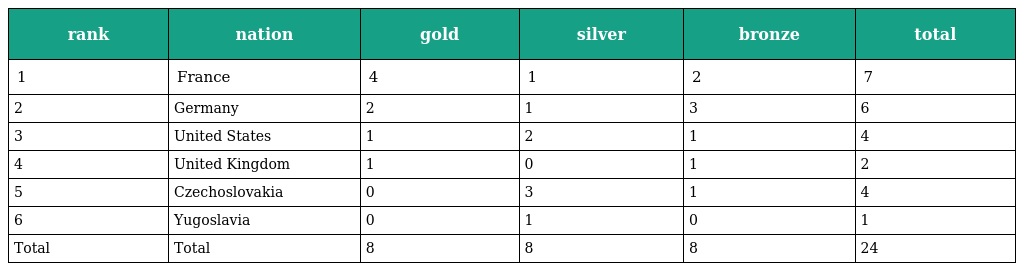
| rank | nation | gold | silver | bronze | total |
 | --- | --- | --- | --- | --- | --- |
 | 1 | France | 4 | 1 | 2 | 7 |
 | 2 | Germany | 2 | 1 | 3 | 6 |
 | 3 | United States | 1 | 2 | 1 | 4 |
 | 4 | United Kingdom | 1 | 0 | 1 | 2 |
 | 5 | Czechoslovakia | 0 | 3 | 1 | 4 |
 | 6 | Yugoslavia | 0 | 1 | 0 | 1 |
 | Total | Total | 8 | 8 | 8 | 24 |